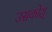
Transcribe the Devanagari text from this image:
उसकोश्